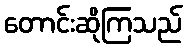
တောင်းဆိုကြသည်